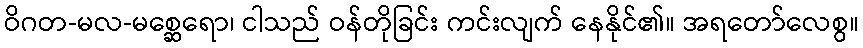
ဝိဂတ-မလ-မစ္ဆေရော၊ ငါသည် ဝန်တိုခြင်း ကင်းလျက် နေနိုင်၏။ အရတော်လေစွ။